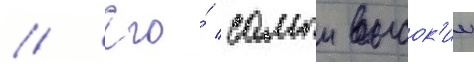
// Его́ самыи высок'ии